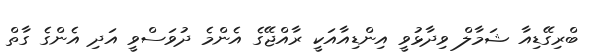
ބްރިގޭޑިއާ ޝަމާލް ވިދާޅުވީ އިންޑިއާއަކީ ރާއްޖޭގެ އެންމެ ދުވަސްވީ އަދި އެންގެ ގާތް